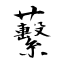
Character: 蘻